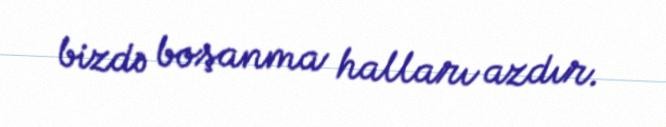
bizdə boşanma halları azdır.